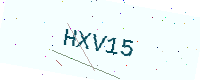
Text: HXV15